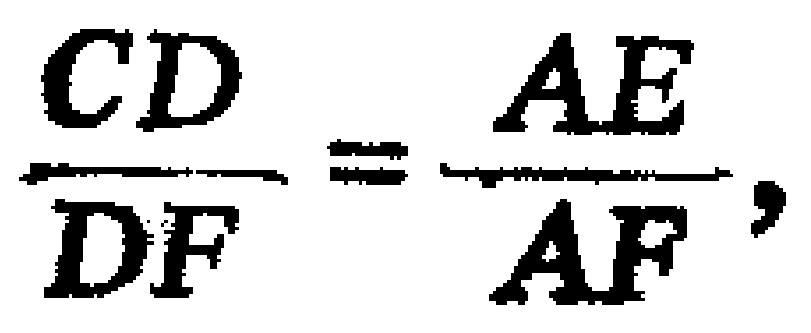
$\frac{CD}{DF}=\frac{AE}{AF},$